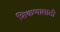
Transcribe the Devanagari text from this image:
शिकणासाठी